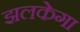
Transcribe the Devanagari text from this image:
झलकेगा